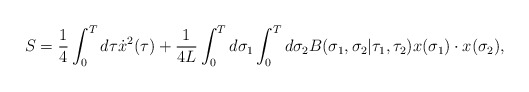
\begin{align*}S={1\over 4}\int_0^Td\tau\dot{x}^2(\tau)+{1\over4L}\int_0^Td\sigma_1\int_0^Td\sigma_2B(\sigma_1,\sigma_2|\tau_1,\tau_2)x(\sigma_1)\cdot x(\sigma_2),\end{align*}